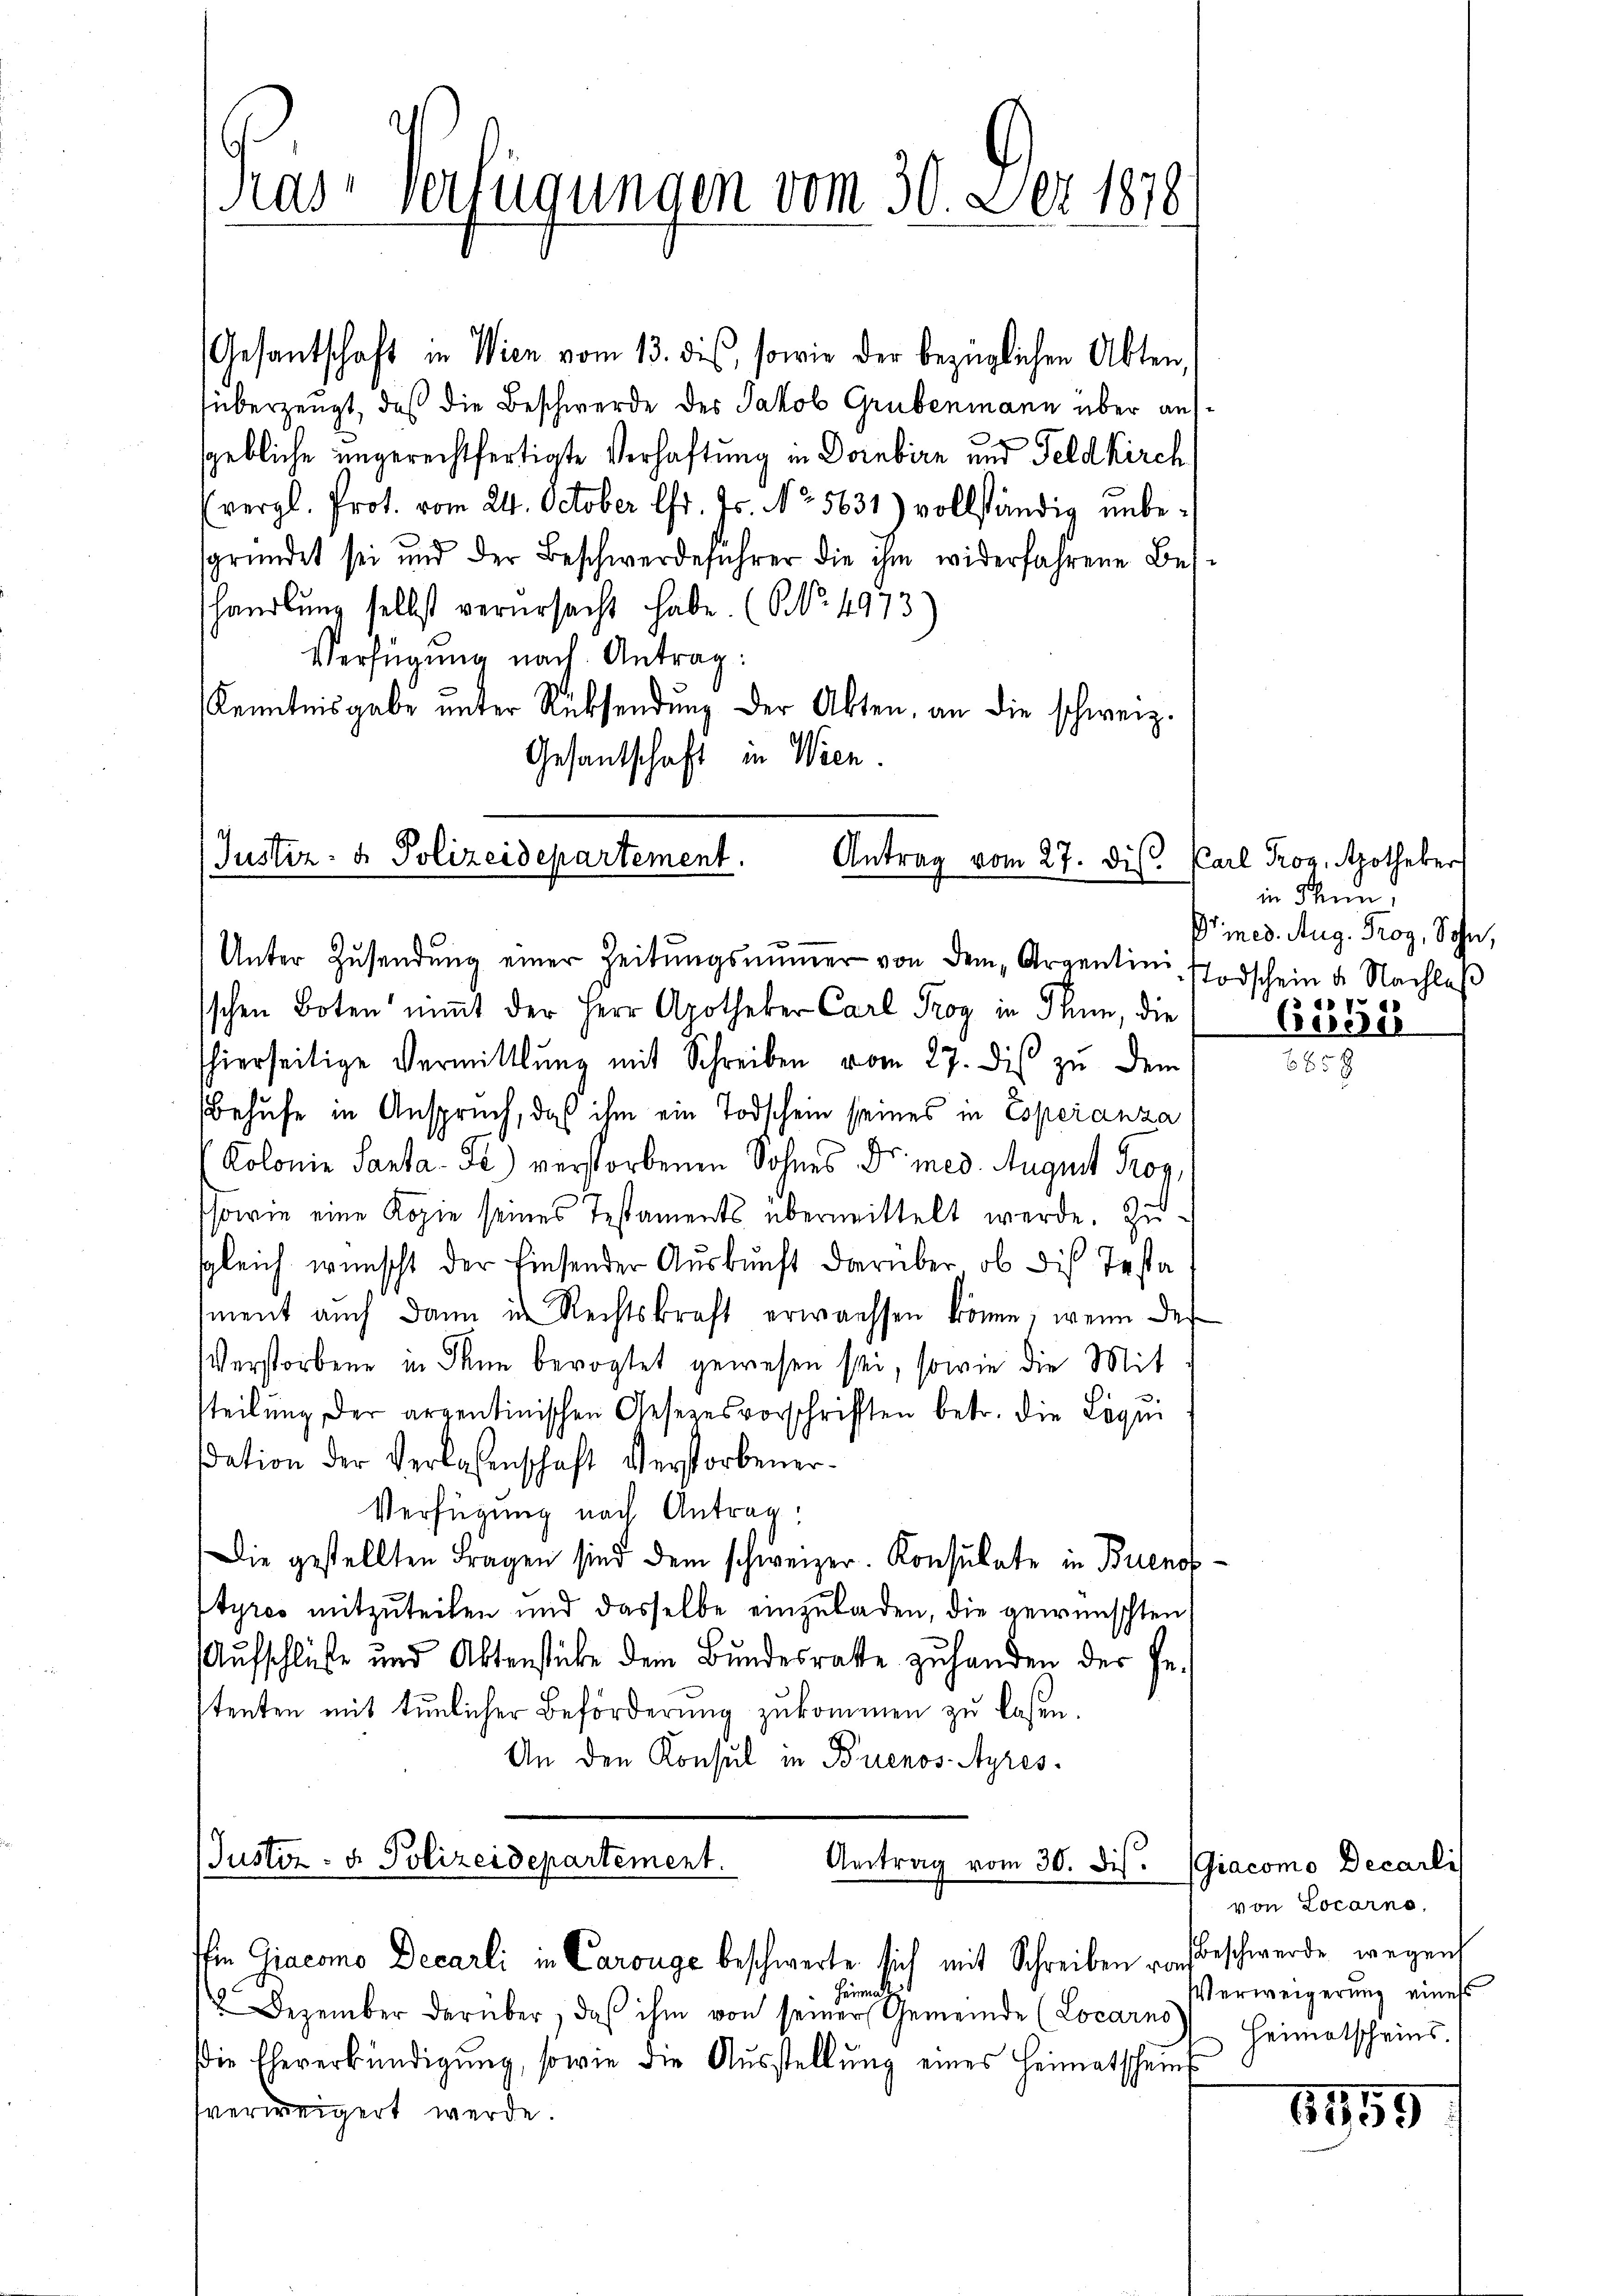
Kas Verfügungen vom 30. Der 1878

Gesantschaft in Wien vom 13. dies, sowie der bezüglichen Akten,
überzeugt, daß die Beschwerde des Jakob Grubenmann über ausgebliche ungerechtfertigte Verhaftung in Dornbirn und Feldkirch
(vergl. Prot. vom 24. October Chr. Js. No. 5631) vollständig unbegründet sei und der Beschwerdeführer die ihm widerfahrene Bes-
handlung selbst verursacht habe. (No. 4973)
Verfügung nach Antrag:
Kenntnisgabe unter Rücksendung der Akten, an die schweiz.
Gesantschaft in Wien.

Justiz- & Polizeidepartement.
Antrag vom 27. dis. Karl Proz. Apotheker
Unter Zŭsendŭng einer Zeitŭngsmŭmer von dem „Argentini

Justiz- & Polizeidepartement.
Antrag vom 30. dis. (Giacomo Decarli

schen Boten nimt der Herr Apotheker Carl Trog in Thun, die
hierseitige Vermittlung mit Schreiben vom 27. dis zu dem
Behufe in Anspruch, daß ihm ein Todschein seines in Esperanza
Kolonie Santa - Fr.) verstorbenen Sohnes Dr. med. August Prop
ssowie eine Kopie seines Testaments übermittelt werde. Zu-
sgleich wünscht der Einsender Auskunft darüber ob die Testa
iment auch dann in Rechtskraft erwachsen könne, wenn des
Verstorbene in dann bevogtet gewesen sei, sowie die Mit
steilŭng der argentinischen Gesezesvorschriften betr. die Liqui
dation der Verlassenschaft Verstorbener¬
Verfügung nach Antrag
Die gestellten Fragen sind dem schweizer. Konsulate in Buenos¬
Ityres mitzuteilen und dasselbe einzuladen, die gewünschten
Aufschlüße und Aktenstücke dem Bundesrathe zu handen der Gestenten mit tunlicher Beförderung zukommen zu lassen.
An den Konsul in Buenos-Ayres

Giacomo Decarli in Carouge beschwerte sich mit Schreiben von Beschwerde wegens
Heimat
12. Dezember darüber, daβ ihm von seiner Gemeinde (Locarno
die Eheverkündigŭng, sowie die Aŭsstellŭng eines Heimatscheins
fverweigert werde.

in Schein
Pr med. Aug. Proz, Sohn,
TTodschein u. Nachlaß
74
Ceseder

von Locarno,
Verweigerung eines
Heimatscheins.

1559